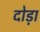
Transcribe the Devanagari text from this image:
दोड़ा